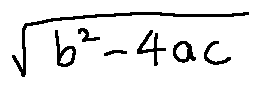
\sqrt { b ^ { 2 } - 4 a c }